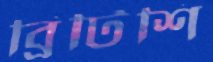
ব্রিটিশি